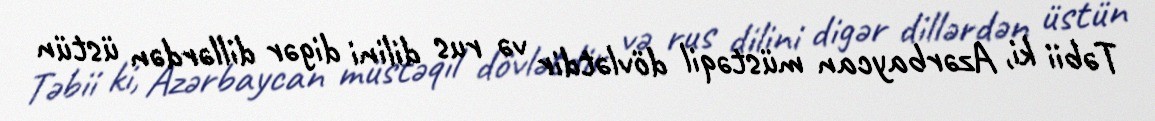
Təbii ki, Azərbaycan müstəqil dövlətdir və rus dilini digər dillərdən üstün